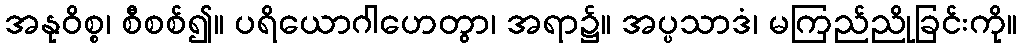
အနုဝိစ္စ၊ စီစစ်၍။ ပရိယောဂါဟေတွာ၊ အရာ၌။ အပ္ပသာဒံ၊ မကြည်ညိုခြင်းကို။